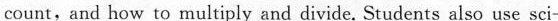
count, and how to multiply and divide. Students also use sci-